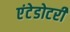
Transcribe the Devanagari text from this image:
एंटेडोटरी